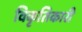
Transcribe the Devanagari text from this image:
विकृतिकारी